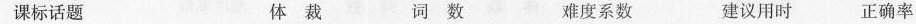
课标话题 体 裁 词 数 难度系数 建议用时 正确率